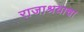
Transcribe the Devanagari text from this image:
राजाश्रयाचा